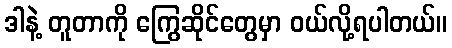
ဒါနဲ့ တူတာကို ကြွေဆိုင်တွေမှာ ဝယ်လို့ရပါတယ်။